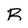
Character: B